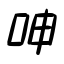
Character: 呻